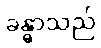
ခန္ဓာသည်